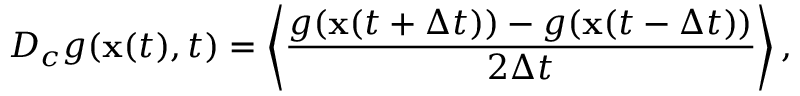
D _ { c } g ( { \bf x } ( t ) , t ) = \left< \frac { g ( { \bf x } ( t + \Delta t ) ) - g ( { \bf x } ( t - \Delta t ) ) } { 2 \Delta t } \right> ,